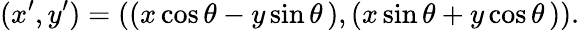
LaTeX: (x^{\prime},y^{\prime})=((x\cos\theta-y\sin\theta\, ),(x\sin\theta+y\cos\theta\, )).